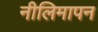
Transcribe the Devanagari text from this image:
नीलिमापन